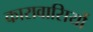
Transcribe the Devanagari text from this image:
कारावासियों